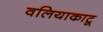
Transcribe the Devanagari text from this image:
वलियाकाटू